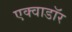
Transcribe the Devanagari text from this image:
एक्वाडॉर